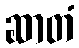
ဆာတံ